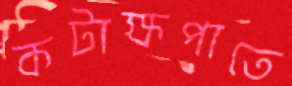
কটাক্ষপাতে